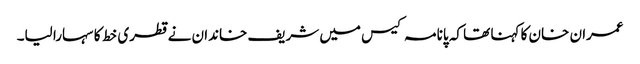
عمران خان کا کہنا تھا کہ پانامہ کیس میں شریف خاندان نے قطری خط کا سہارا لیا۔